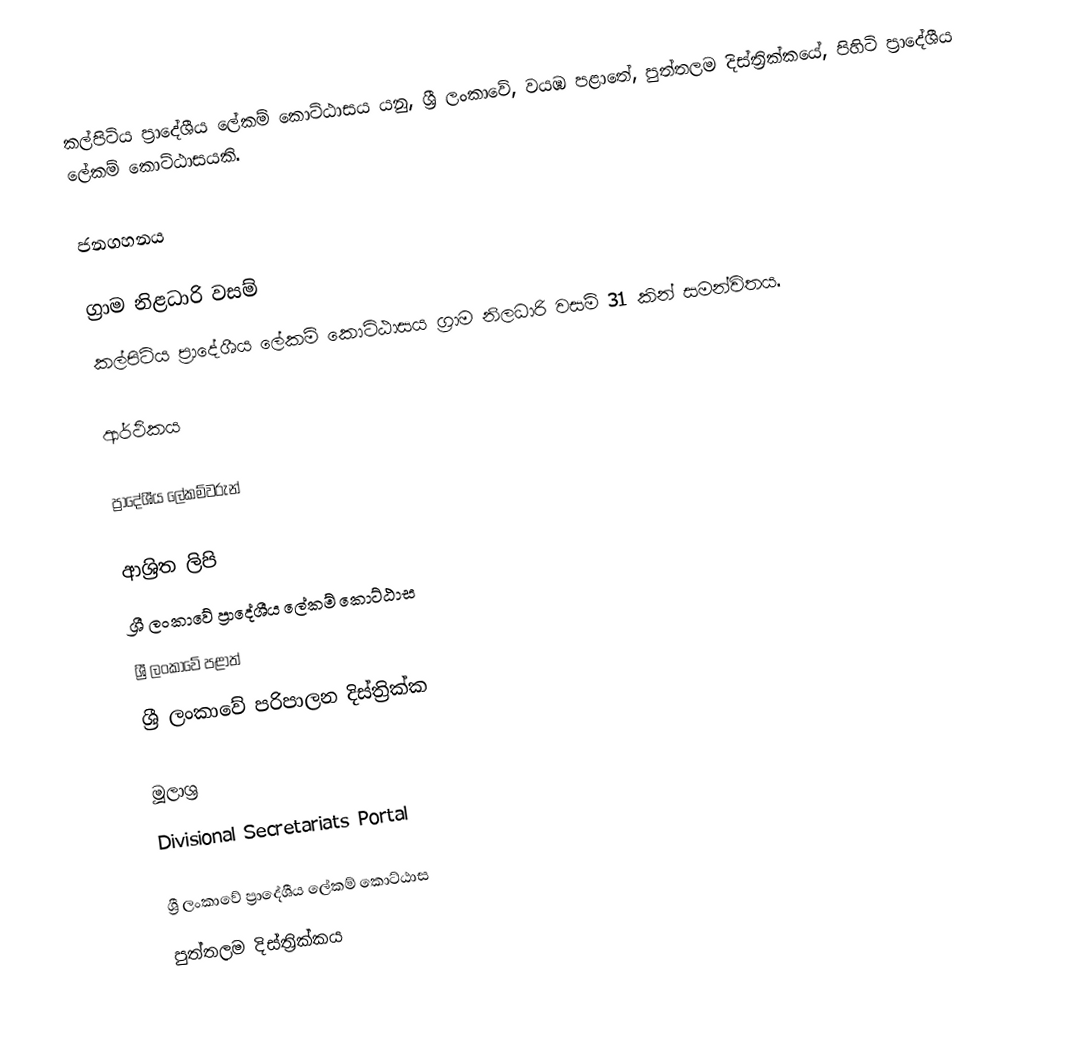
කල්පිටිය ප්‍රාදේශීය ලේකම් කොට්ඨාසය යනු,  ශ්‍රී ලංකාවේ, වයඹ පළාතේ,   පුත්තලම දිස්ත්‍රික්කයේ, පිහිටි ප්‍රාදේශීය ලේකම් කොට්ඨාසයකි.

ජනගහනය

ග්‍රාම නිළධාරි වසම්
කල්පිටිය ප්‍රාදේශීය ලේකම් කොට්ඨාසය ග්‍රාම නිලධාරි වසම් 31 කින් සමන්විතය.

ආර්ථිකය

ප්‍රාදේශීය ලේකම්වරුන්

ආශ්‍රිත ලිපි
ශ්‍රී ලංකාවේ ප්‍රාදේශීය ලේකම් කොට්ඨාස
ශ්‍රී ලංකාවේ පළාත්
ශ්‍රී ලංකාවේ පරිපාලන දිස්ත්‍රික්ක

මූලාශ්‍ර
 Divisional Secretariats Portal

ශ්‍රී ලංකාවේ ප්‍රාදේශීය ලේකම් කොට්ඨාස
පුත්තලම දිස්ත්‍රික්කය